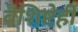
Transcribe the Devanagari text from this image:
वैशिष्टेही